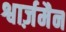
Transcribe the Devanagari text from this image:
श्वार्ज़मैन